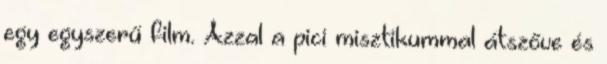
egy egyszerű film. Azzal a pici misztikummal átszőve és